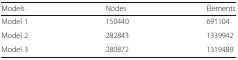
<table><thead><tr><td><b>Models</b></td><td><b>Nodes</b></td><td><b>Elements</b></td></tr></thead><tbody><tr><td>Model 1</td><td>150440</td><td>691104</td></tr><tr><td>Model 2</td><td>282843</td><td>1339942</td></tr><tr><td>Model 3</td><td>280872</td><td>1319489</td></tr></tbody></table>